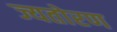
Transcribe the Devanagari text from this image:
ज्यतोरण